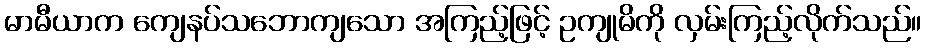
မာမီယာက ကျေနပ်သဘောကျသော အကြည့်ဖြင့် ဥကျုမိကို လှမ်းကြည့်လိုက်သည်။